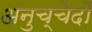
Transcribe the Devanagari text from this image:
अनुच्चेदों